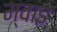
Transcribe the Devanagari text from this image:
म्वाइ